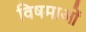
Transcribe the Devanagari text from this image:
विषमाओं